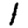
Digit: 1